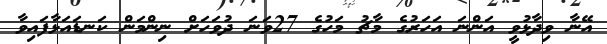
އޭނާ ވިދާޅުވީ އަންނަ އަހަރުގެ މާޗު މަހުގެ 27ވަނަ ދުވަހަށް ނިންމަން ކަނޑައަޅާފައިވާ